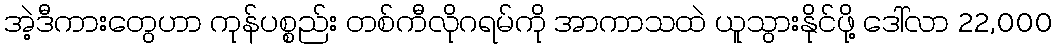
အဲ့ဒီကားတွေဟာ ကုန်ပစ္စည်း တစ်ကီလိုဂရမ်ကို အာကာသထဲ ယူသွားနိုင်ဖို့ ဒေါ်လာ 22,000